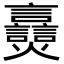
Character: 𬋠